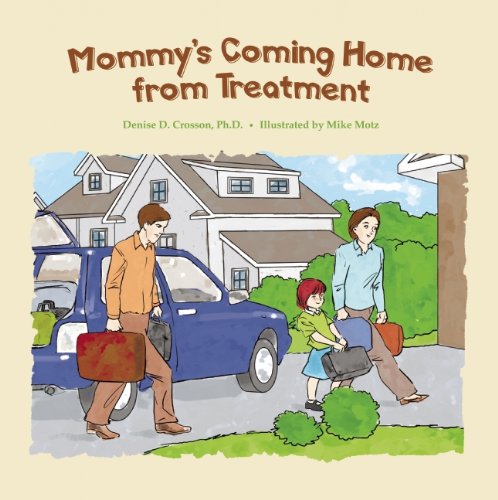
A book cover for Mommy's Coming Home from Treatment; Denise D. Crosson; Health, Fitness & Dieting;